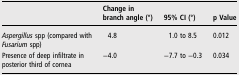
|  | Change in branch angle (°) | 95% CI (°) | p Value |
 | --- | --- | --- | --- |
 | Aspergillus spp (compared with Fusarium spp) | 4.8 | 1.0 to 8.5 | 0.012 |
 | Presence of deep infiltrate in posterior third of cornea | −4.0 | −7.7 to −0.3 | 0.034 |